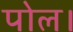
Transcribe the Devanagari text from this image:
पोल।